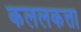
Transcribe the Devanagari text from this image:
कललकत्ता